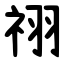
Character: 祤